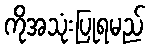
ကိုအသုံးပြုရမည်